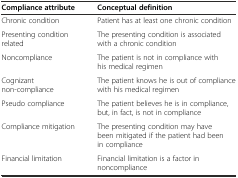
| Compliance attribute | Conceptual definition |
 | --- | --- |
 | Chronic condition | Patient has at least one chronic condition |
 | Presenting condition related | The presenting condition is associated with a chronic condition |
 | Noncompliance | The patient is not in compliance with his medical regimen |
 | Cognizant non-compliance | The patient knows he is out of compliance with his medical regimen |
 | Pseudo compliance | The patient believes he is in compliance, but, in fact, is not in compliance |
 | Compliance mitigation | The presenting condition may have been mitigated if the patient had been in compliance |
 | Financial limitation | Financial limitation is a factor in noncompliance |